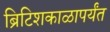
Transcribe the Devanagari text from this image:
ब्रिटिशकाळापर्यंत